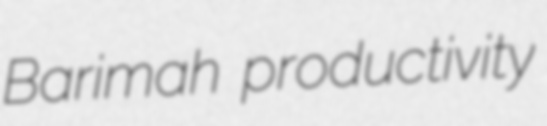
Barimah productivity